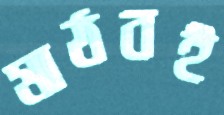
মাঠবই